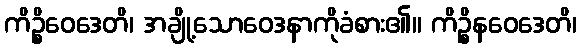
ကိဉ္စိဝေဒေတိ၊ အချို့သောဝေဒနာကိုခံစား၏။ ကိဉ္စိနဝေဒေတိ၊